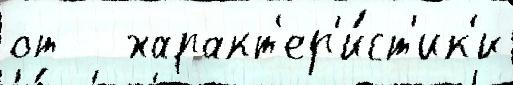
от   характ'ер'и́ст'ик'и